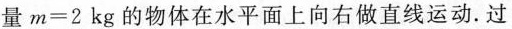
量$$m=2kg$$的物体在水平面上向右做直线运动。过